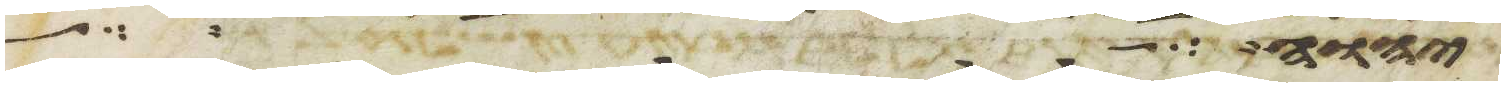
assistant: ליהוה שמרים לכל